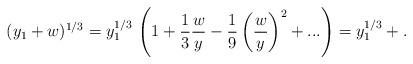
LaTeX: \begin{align*}(y_1+w)^{1/3} = y^{1/3}_1\,\left(1 + \frac{1}{3} \frac{w}{y} - \frac{1}{9} \left(\frac{w}{y}\right)^2 + ... \right) = y^{1/3}_1 + .\end{align*}